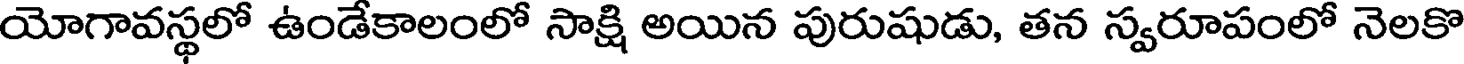
యోగావస్థలో ఉండేకాలంలో సాక్షి అయిన పురుషుడు, తన స్వరూపంలో నెలకొ